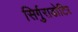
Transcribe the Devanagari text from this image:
सिर्गुराडोटिर